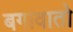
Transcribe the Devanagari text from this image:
बगावातो